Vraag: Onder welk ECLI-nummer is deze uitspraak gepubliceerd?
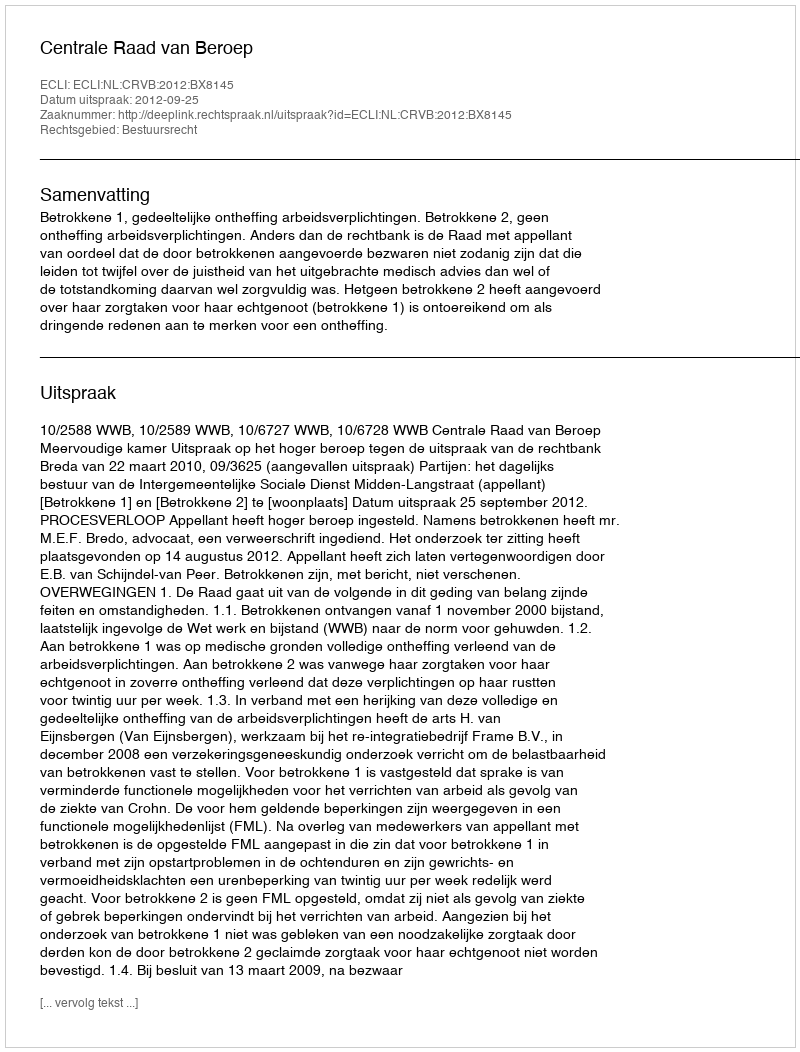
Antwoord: ECLI:NL:CRVB:2012:BX8145